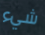
شيء